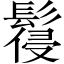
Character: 𩮕